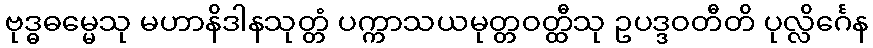
ဗုဒ္ဓဓမ္မေသု မဟာနိဒါနသုတ္တံ ပက္ကာသယမုတ္တဝတ္ထီသု ဥပဒ္ဒဝတီတိ ပုလ္လိင်္ဂေန